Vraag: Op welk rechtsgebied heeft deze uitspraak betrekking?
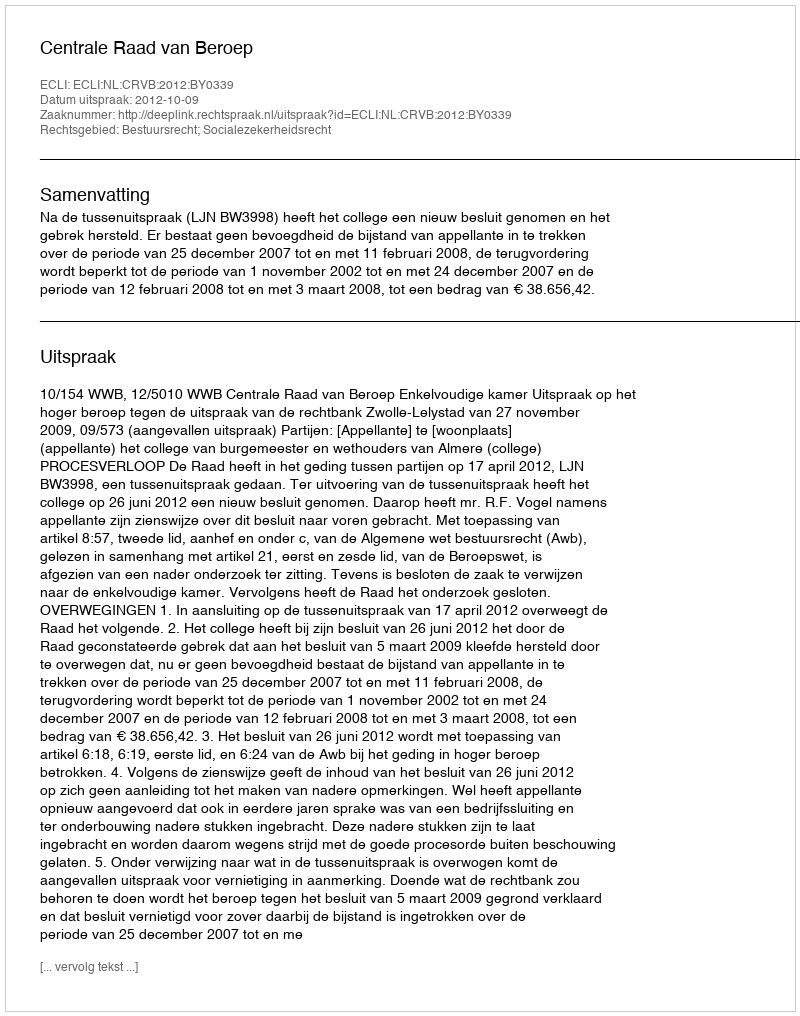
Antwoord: Bestuursrecht; Socialezekerheidsrecht